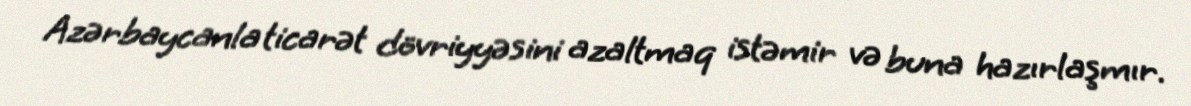
Azərbaycanla ticarət dövriyyəsini azaltmaq istəmir və buna hazırlaşmır.